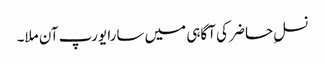
نسلِ حاضر کی آگاہی میں سارا یورپ آن ملا۔